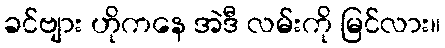
ခင်ဗျား ဟိုကနေ အဲဒီ လမ်းကို မြင်လား။